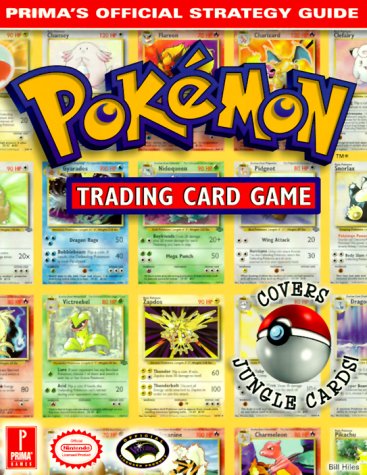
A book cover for Pokemon Trading Card Game (Prima's Official Strategy Guide); Inc. IMGS; Science Fiction & Fantasy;